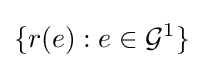
\{r(e):e\in {\mathcal {G}}^{1}\}